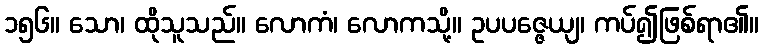
၁၅၆။ သော၊ ထိုသူသည်။ လောကံ၊ လောကသို့။ ဥပပဇ္ဇေယျ၊ ကပ်၍ဖြစ်ရာ၏။